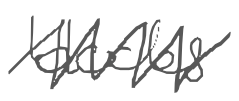
Text: blocks
Cross-out: zig-zag
Writing tool: digital_gray